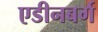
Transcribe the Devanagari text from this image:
एडीनबर्ग